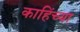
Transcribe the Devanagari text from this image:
काहिंच्या